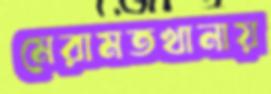
মেরামতখানায়